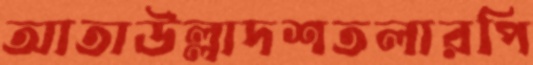
আতাউল্লাদশতলারপি